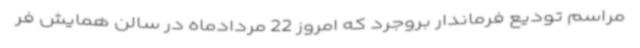
مراسم تودیع فرماندار بروجرد که امروز 22 مردادماه در سالن همایش فر